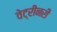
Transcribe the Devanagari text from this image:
वेट्रीनरी